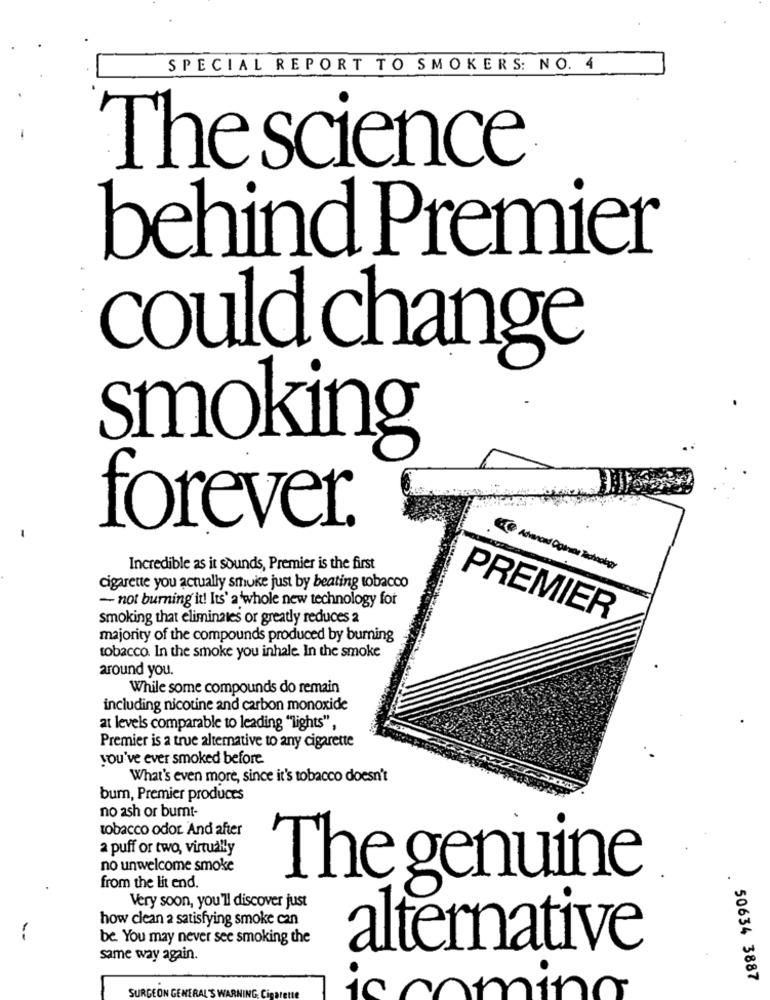
SPECIAL REPORT TO SMOKERS: NO. 4
The science
behind Premier
could change
smoking
forever.
Incredible as it sounds, Premier is the first
cigarette you actually smukke just by beating tobacco
- not burning it! Its' a 'whole new technology for
smoking that eliminates or greatly reduces 2
PREMIER
majority of the compounds produced by burning
tobacco. In the smoke you inhale. In the smoke
around you.
While some compounds do remain
including nicotine and carbon monoxide
at levels comparable to leading "lights",
Premier is a true alternative to any cigarette
you've ever smoked before.
What's even more, since it's tobacco doesn't
bum, Premier produces
no ash or burnt-
tobacco odor. And after
2 puff or two, virtually
no unwelcome smoke
The genuine
from the lit end.
Very soon, you'll discover just
how clean a satisfying smoke can
be. You may never see smoking the
alternative
same way again.
50634 3887
SURGEON GENERA
ic
mina